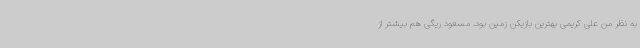
به نظر من علی کریمی بهترین بازیکن زمین بود. مسعود ریگی هم بیشتر از